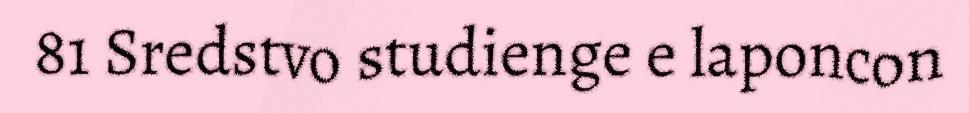
81 Sredstvo studienge e laponcon